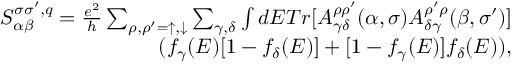
\begin{array} { r } { S _ { \alpha \beta } ^ { \sigma \sigma ^ { \prime } , q } = \frac { e ^ { 2 } } { h } \sum _ { \rho , \rho ^ { \prime } = \uparrow , \downarrow } \sum _ { \gamma , \delta } \int d E T r [ A _ { \gamma \delta } ^ { \rho \rho ^ { \prime } } ( \alpha , \sigma ) A _ { \delta \gamma } ^ { \rho ^ { \prime } \rho } ( \beta , \sigma ^ { \prime } ) ] } \\ { ( f _ { \gamma } ( E ) [ 1 - f _ { \delta } ( E ) ] + [ 1 - f _ { \gamma } ( E ) ] f _ { \delta } ( E ) ) , } \end{array}